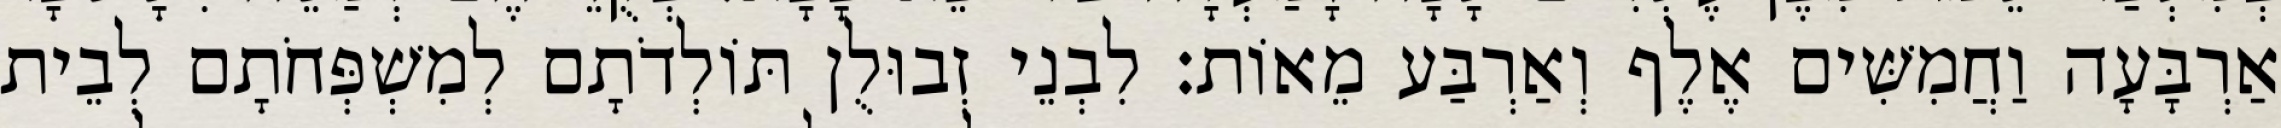
אַרְבָּעָה וַחֲמִשִּׁים אֶלֶף וְאַרְבַּע מֵאוֹת׃ לִבְנֵי זְבוּלֻן תּוֹלְדֹתָם לְמִשְׁפְּחֹתָם לְבֵית